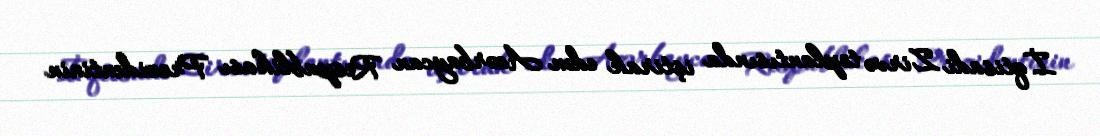
İqtisadi Zirvə toplantısında iştirak edən Azərbaycan Respublikası Prezidentinin